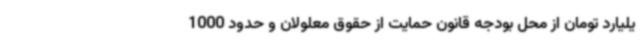
یلیارد تومان از محل بودجه قانون حمایت از حقوق معلولان و حدود 1000